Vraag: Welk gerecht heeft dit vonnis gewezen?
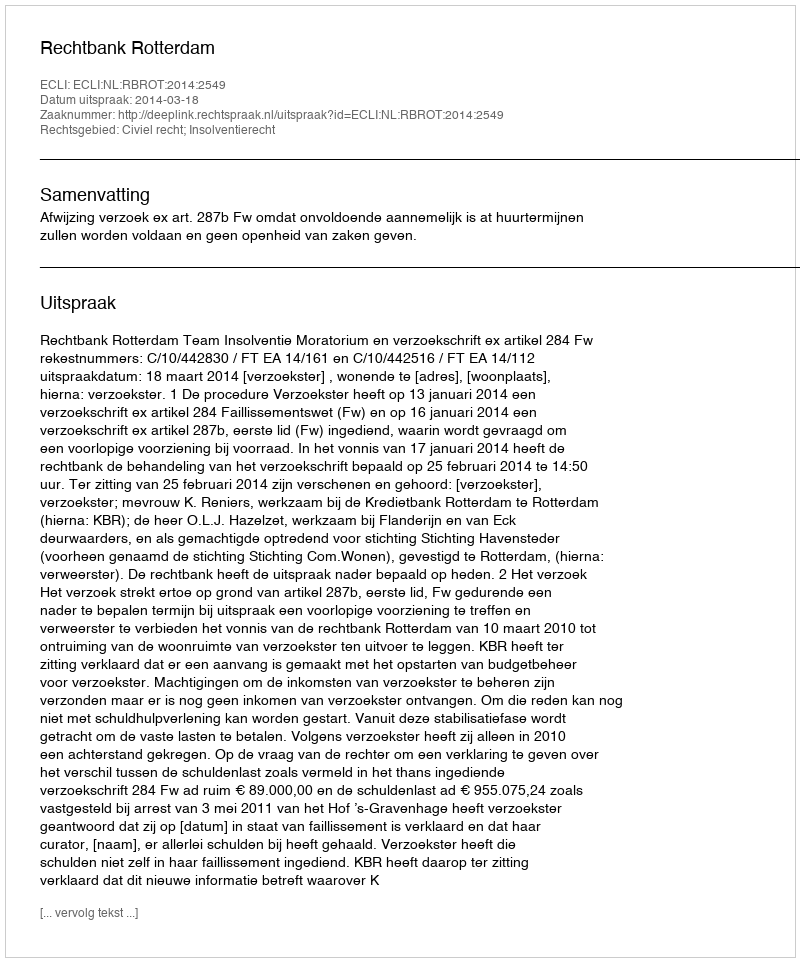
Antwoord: Rechtbank Rotterdam